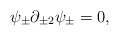
\begin{align*}\psi_{\pm}\partial_{\pm2}\psi_{\pm}=0,\end{align*}